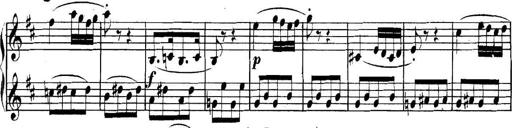
Title: Collected Piano Sonatas
Composer: Muzio Clementi